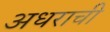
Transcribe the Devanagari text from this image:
अधराची